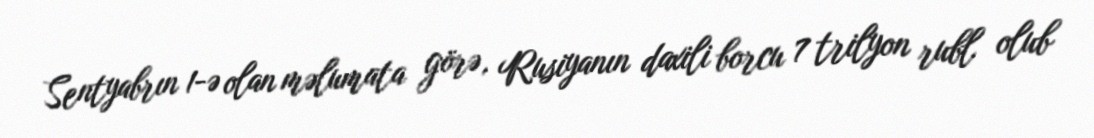
Sentyabrın 1-ə olan məlumata görə, Rusiyanın daxili borcu 7 trilyon rubl olub